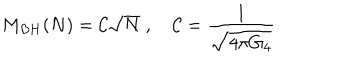
LaTeX: M _ { B H } ( N ) = { \cal C } \sqrt { N } \; , \quad { \cal C } = \frac { 1 } { \sqrt { 4 \pi G _ { 4 } } }